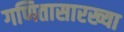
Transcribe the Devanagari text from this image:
गणितासारख्या